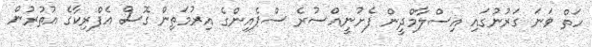
ހަތް ވަނަ ގަރުނުގައި އިސްލާމްދީން ފެށުނީއްސުރެ ސްޕެއިންގެ އިރުމަތިން ގޮސް އެފްރިކާގެ އުތުރުން